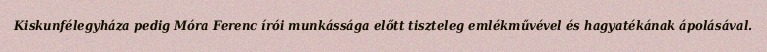
Kiskunfélegyháza pedig Móra Ferenc írói munkássága előtt tiszteleg emlékművével és hagyatékának ápolásával.